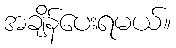
အချိန်ပေးရမယ်။